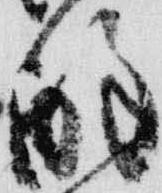
酔